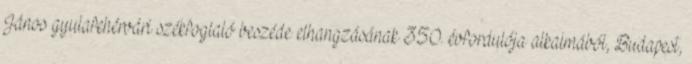
János gyulafehérvári székfoglaló beszéde elhangzásának 350. évfordulója alkalmából, Budapest,